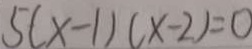
5 ( x - 1 ) ( x - 2 ) = 0